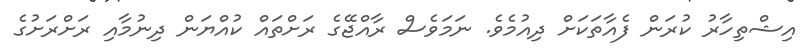
އިޝްތިހާރު ކުރަން ފެއާތަކަށް ދިއުމެވެ. ނަމަވެސް ރާއްޖޭގެ ރަށްތައް ކުއްޔަން ދިނުމާއި ރަށްރަށުގެ